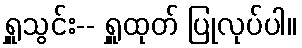
ရှူသွင်း-- ရှူထုတ် ပြုလုပ်ပါ။